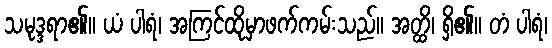
သမုဒ္ဒရာ၏။ ယံ ပါရံ၊ အကြင်ထိုမှာဖက်ကမ်းသည်။ အတ္ထိ၊ ရှိ၏။ တံ ပါရံ၊